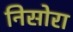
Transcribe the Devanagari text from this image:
निसोरा